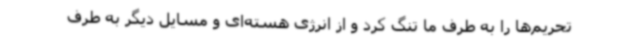
تحریم‌ها را به طرف ما تنگ کرد و از انرژی هسته‌ای و مسایل دیگر به طرف